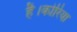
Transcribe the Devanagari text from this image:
है।कोरिया